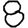
Digit: 8